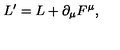
L ^ { \prime } = L + \partial _ { \mu } F ^ { \mu } ,